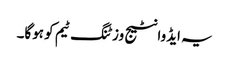
یہ ایڈوانٹیج وزٹنگ ٹیم کو ہوگا۔